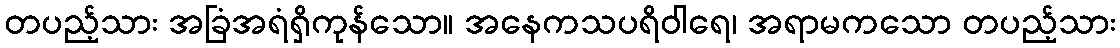
တပည့်သား အခြံအရံရှိကုန်သော။ အနေကသပရိဝါရေ၊ အရာမကသော တပည့်သား